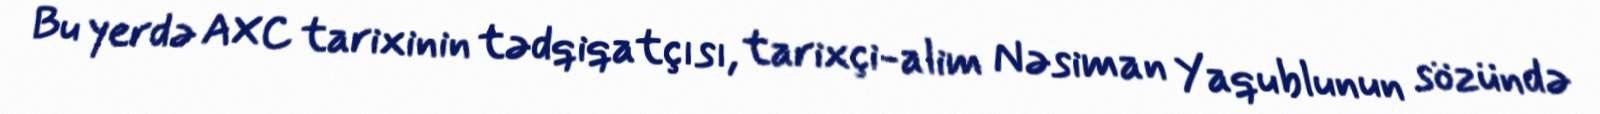
Bu yerdə AXC tarixinin tədqiqatçısı, tarixçi-alim Nəsiman Yaqublunun sözündə